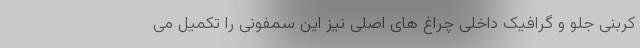
کربنی جلو و گرافیک داخلی چراغ های اصلی نیز این سمفونی را تکمیل می